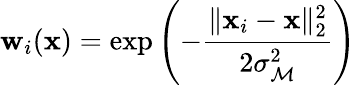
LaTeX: \mathbf{w}_{i}(\mathbf{{x}})=\exp\left(-\frac{{\| \mathbf{{x}}_{i}-\mathbf{{x}}\| _{2}^{2}}}{{2\sigma_{\mathcal{{M}}}^{2}}}\right)